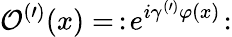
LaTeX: \mathcal{O}^{(\prime)}(x)=\, :\! e^{i\gamma^{(\prime)}\varphi(x)}\! :